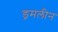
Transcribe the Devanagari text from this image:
ड्रमलीन